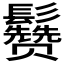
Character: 𱆈